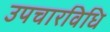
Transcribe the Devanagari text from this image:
उपचारविधि